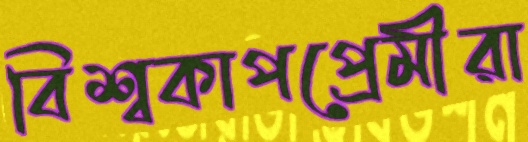
বিশ্বকাপপ্রেমীরা